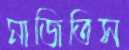
মাজিতিস